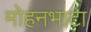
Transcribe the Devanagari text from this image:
मोहनभाटा